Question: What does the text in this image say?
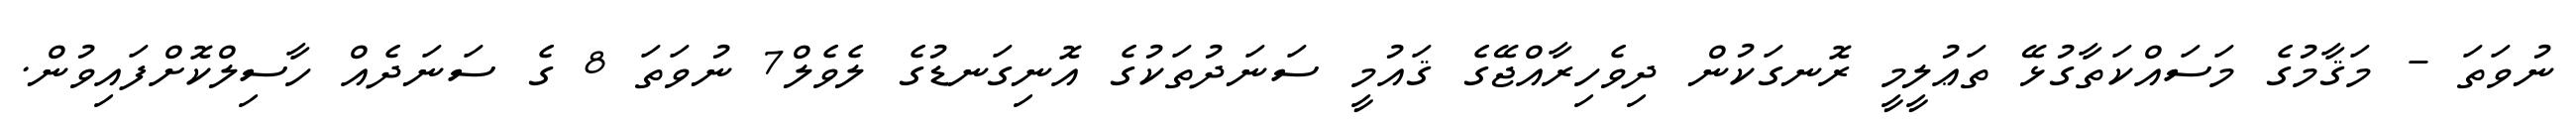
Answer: ނުވަތަ - މަޤާމުގެ މަސައްކަތާގުޅޭ ތަޢުލީމީ ރޮނގަކުން ދިވެހިރާއްޖޭގެ ޤައުމީ ސަނަދުތަކުގެ އޮނިގަނޑުގެ ލެވެލް7 ނުވަތަ 8 ގެ ސަނަދެއް ހާސިލްކޮށްފައިވުން.